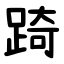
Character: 踦